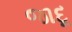
જાદૂ